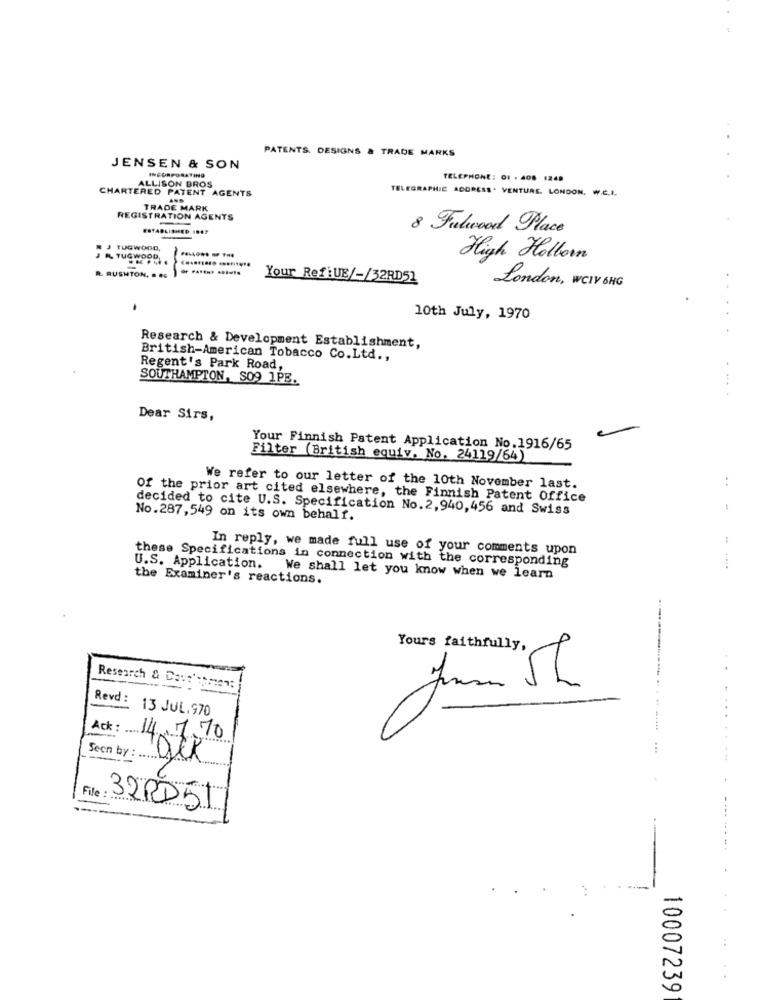
PATENTS. DESIGNS & TRADE MARKS
JENSEN & SON
INCORPORATING
ALLISON BROS
TELEPHONE: 01 - 408 1249
CHARTERED PATENT AGENTS
TELEGRAPHIC ADDRESS . VENTURE. LONDON. W.C.I.
AND
TRADE MARK
REGISTRATION AGENTS
ESTABLISHED 10.3
8 Fulwood Place
J TUGWOOD,
AL TUGWOOD,
High Hollow
R. RUSHTON. . ..
Your RefiUE/-/32RD51
London, WCIV 6HG
10th July, 1970
Research & Development Establishment,
British-American Tobacco Co.Ltd .,
Regent's Park Road,
SOUTHAMPTON, SO9 1PB.
....
Dear Sirs,
Your Finnish Patent Application No.1916/65
Filter (British equiv. No. 24119/64)
:
We refer to our letter of the 10th November last.
Of the prior art cited elsewhere, the Finnish Patent Office
decided to cite U.S. Specification No.2,940,456 and Swiss
No.287,549 on its own behalf.
In reply, we made full use of your comments upon
these Specifications in connection with the corresponding
U.S. Application. We shall let you know when we learn
the Examiner's reactions.
Yours faithfully,
..
Research & Dout'somen:i
Revd :
13 JUL.970
Ack : .
14.7.70
......
Seen by :
1
...
32RD51
10007239